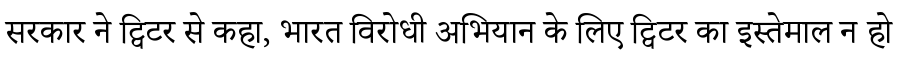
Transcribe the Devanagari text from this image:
सरकार ने ट्विटर से कहा, भारत विरोधी अभियान के लिए ट्विटर का इस्तेमाल न हो